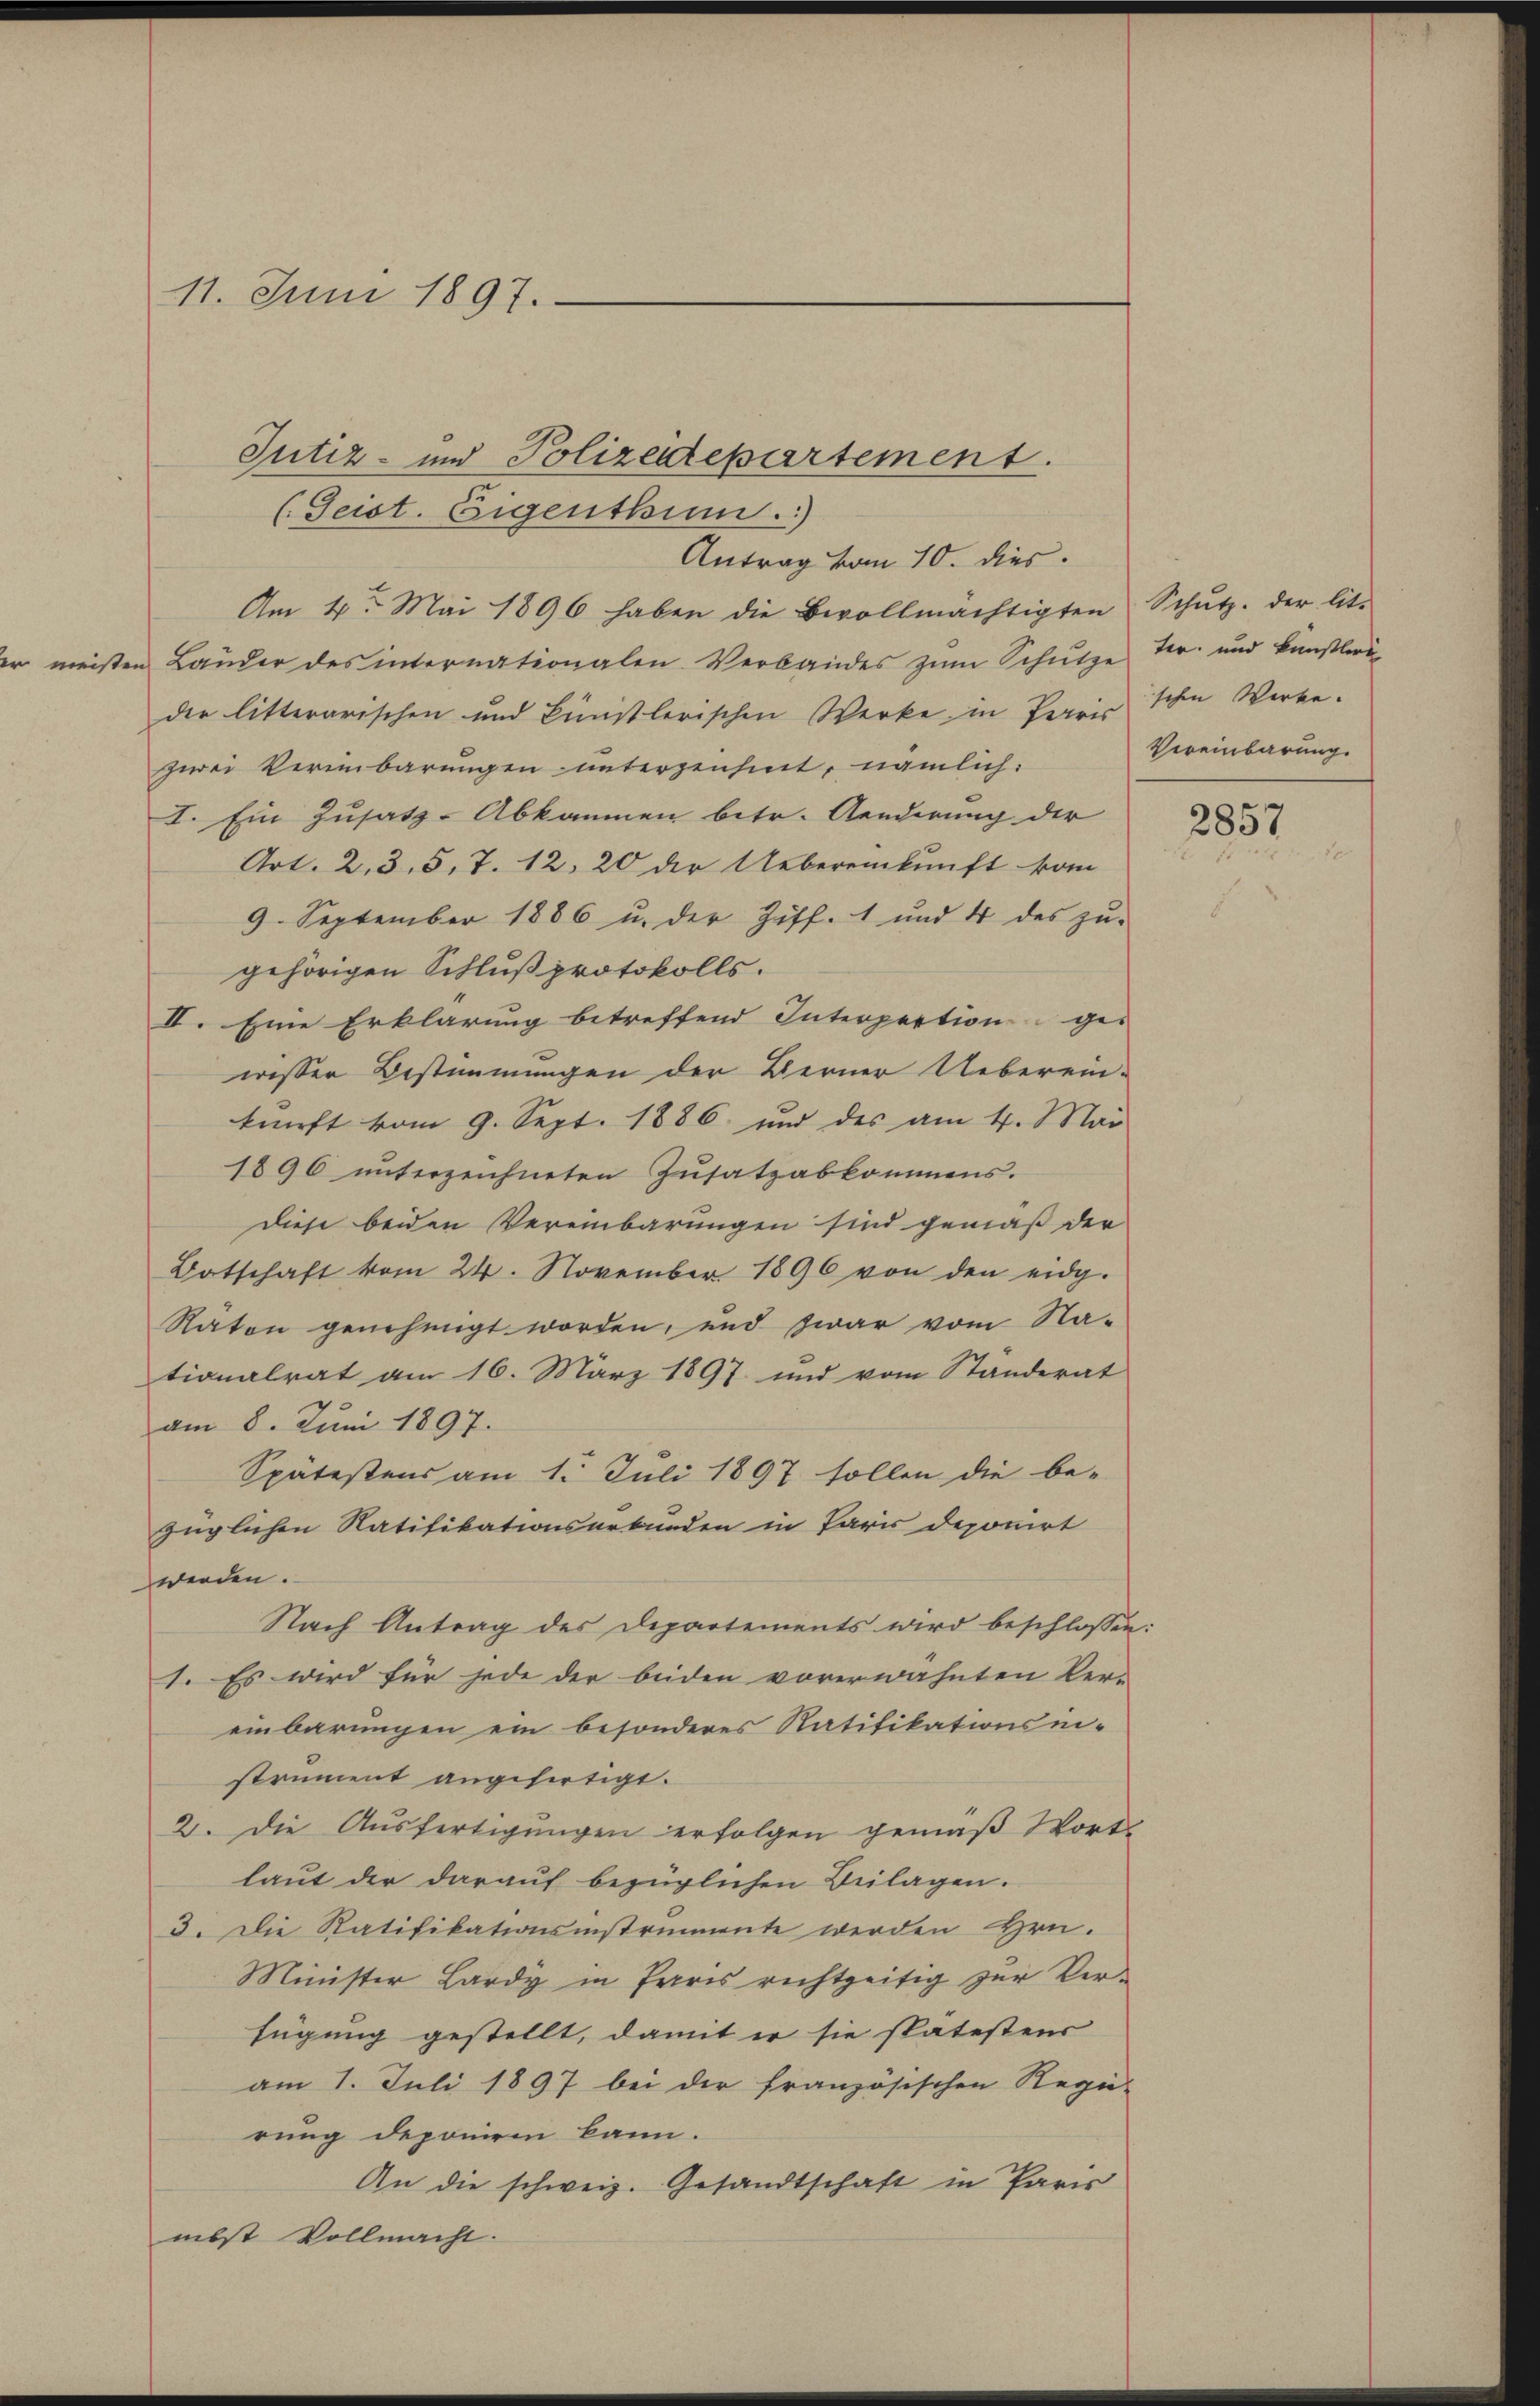
er meisten

11. Juni 1897.

Jutiz- und Polizeidepartement
(Teist. Eigenthum.)
Am 4. Mai 1896 haben die Bevollmächtigten Schŭtz. der lit.
Bauder des internationalen Verbandes zŭm Schütze der und künstlerider litterarischen und künstlerischen Werke in Preisschen Werke.
zwei Verinbarungen unterzeichnet, nämlich:
I. Ein Zusatz-Abkommen betr. Aenderung der
Art. 2, 3, 5, 7. 12. 20 der Uebereinkunft kom
9. September 1886 u. der Ziff. 1 und 4 des zŭ-
gehörigen Schluß protokolls.
II. Eine Erklärung betreffend Interpertion ge-
wisser Bestimmungen der Berner Ueberein-
kunft vom 9. Sept. 1886 und des am 4. Mai
1896 unterzeichneten Zusatzabkommens.
diese beiden Vereinbarungen sind gemäß der
Botschaft vom 24. November 1896 von den eidg.
Raton genehmigt worden, und zwar vom Na-
tionalrat am 16. März 1897 und vom Standerat
am 8. Juni 1897.
Spätestens am 1. Juli 1897 sollen die be-
züglichen Ratifikationsurbunden in Paris deponirt
werden.
Nach Antrag des Departements wird beschlossen:
1. Es wird für jede der beiden vorerwähnten Ver-
einbarungen ein besonderes Ratifikationsmi-
strument angefertigt.
2. Die Ausfertigungen erfolgen gemäß Wor-
laut der darauf bezüglichen Beilagen.
3. Die Ratifikationsinstrumente werden Hrn.
Minister Lardy in Paris richtzeitig zur Verfügung gestellt, damit er sie spätestens
am 1. Juli 1897 bei der französischen Regie-
rung deponiren kann.
An die schweiz. Gesandtschaft in Paris
nebst Vollmacht.

Antrag vom 10. dies.

Vereinbarung.

2857